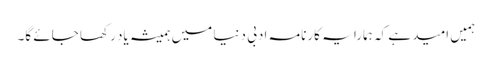
ہمیں امید ہے کہ ہمارا یہ کارنامہ ادبی دنیا میں ہمیشہ یاد رکھا جائے گا۔